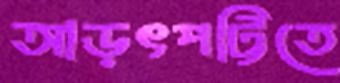
আড়ৎপট্টিতে